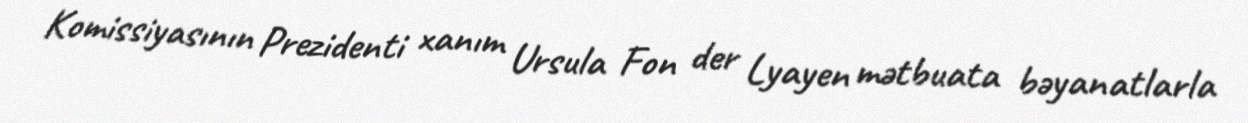
Komissiyasının Prezidenti xanım Ursula Fon der Lyayen mətbuata bəyanatlarla